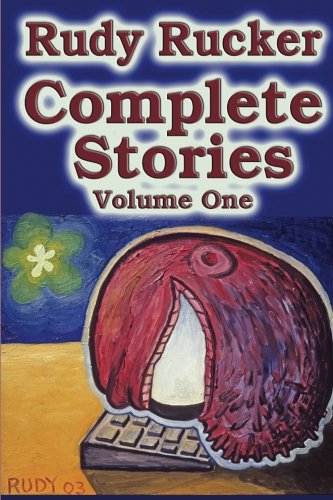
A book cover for Complete Stories, Volume One (Volume 1); Rudy Rucker; Science Fiction & Fantasy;